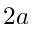
2 a